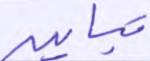
تباين